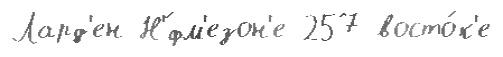
Лард'ен Н'́фм'езон'е 257 восто́к'е